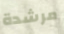
مرشدة